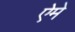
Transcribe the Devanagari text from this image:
ऐमे